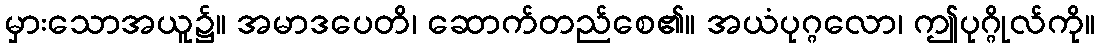
မှားသောအယူ၌။ အမာဒပေတိ၊ ဆောက်တည်စေ၏။ အယံပုဂ္ဂလော၊ ဤပုဂ္ဂိုလ်ကို။